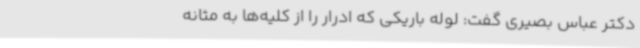
دکتر عباس بصیری گفت: لوله باریکی که ادرار را از کلیه‌ها به مثانه